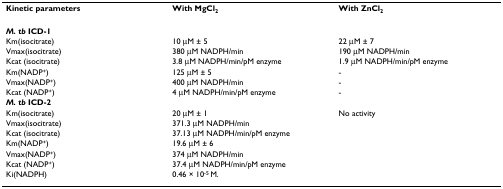
<table><thead><tr><td><b>Kinetic parameters</b></td><td><b>With MgCl<sub>2</sub></b></td><td><b>With ZnCl<sub>2</sub></b></td></tr></thead><tbody><tr><td><b><i>M. tb </i>ICD-1</b></td><td></td><td></td></tr><tr><td>Km(isocitrate)</td><td>10 μM ± 5</td><td>22 μM ± 7</td></tr><tr><td>Vmax(isocitrate)</td><td>380 μM NADPH/min</td><td>190 μM NADPH/min</td></tr><tr><td>Kcat (isocitrate)</td><td>3.8 μM NADPH/min/pM enzyme</td><td>1.9 μM NADPH/min/pM enzyme</td></tr><tr><td>Km(NADP<sup>+</sup>)</td><td>125 μM ± 5</td><td>-</td></tr><tr><td>Vmax(NADP<sup>+</sup>)</td><td>400 μM NADPH/min</td><td>-</td></tr><tr><td>Kcat (NADP<sup>+</sup>)</td><td>4 μM NADPH/min/pM enzyme</td><td>-</td></tr><tr><td><b><i>M. tb </i>ICD-2</b></td><td></td><td></td></tr><tr><td>Km(isocitrate)</td><td>20 μM ± 1</td><td>No activity</td></tr><tr><td>Vmax(isocitrate)</td><td>371.3 μM NADPH/min</td><td></td></tr><tr><td>Kcat (isocitrate)</td><td>37.13 μM NADPH/min/pM enzyme</td><td></td></tr><tr><td>Km(NADP<sup>+</sup>)</td><td>19.6 μM ± 6</td><td></td></tr><tr><td>Vmax(NADP<sup>+</sup>)</td><td>374 μM NADPH/min</td><td></td></tr><tr><td>Kcat (NADP<sup>+</sup>)</td><td>37.4 μM NADPH/min/pM enzyme</td><td></td></tr><tr><td>Ki(NADPH)</td><td>0.46 × 10<sup>-5 </sup>M.</td><td></td></tr></tbody></table>